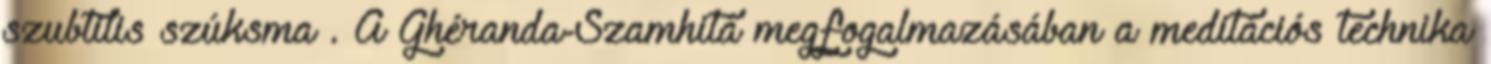
szubtilis szúksma . A Ghéranda-Szamhitá megfogalmazásában a meditációs technika